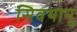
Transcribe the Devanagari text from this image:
सिवथानु